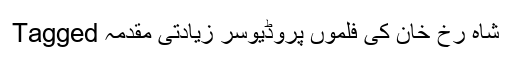
Tagged شاہ رخ خان کی فلموں پروڈیوسر زیادتی مقدمہ